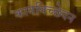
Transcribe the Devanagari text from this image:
कायविच्छेदन